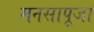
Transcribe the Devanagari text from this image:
मनसापूजा